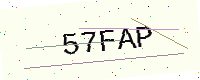
Text: 57FAP